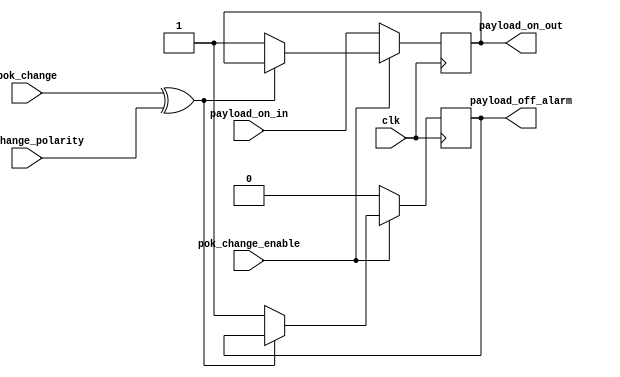
`timescale 1ns / 1ps

module pok_alarm_single
(
    // polarity of the pok_change signal, may depend on particular payload module
    // 0 = falling edge is bad news, 1 = rising edge is bad news
    input pok_change_polarity, 
    // pok change enable. 0 = do not react (during power up for example), 1 = react
    input pok_change_enable,
    // alarm signal for status register
    output reg payload_off_alarm,
    
    // payload on/off request from register, 0 = on
    input payload_on_in, 
    // payload on/off control for DC-DC brick, 0 = on
    output reg payload_on_out,
    // bad news signals from payload
    input pok_change,
    
    input clk
);

    always @(posedge clk)
    begin
        if (pok_change_enable == 1'b1) // react to bad news
        begin
            if ((pok_change ^ pok_change_polarity) == 1'b0) // bad news
            begin
                // payload off
                payload_on_out = 1'b1;
                // alarm to CPU
                payload_off_alarm = 1'b1;
            end
        end
        else // don't react
        begin
            payload_off_alarm = 1'b0; // no alarm
            payload_on_out = payload_on_in; // simply repeat
        end
    end

endmodule


// indexes: 0 = bottom payload, 1 = top payload, 2 = QSFP
module pok_alarm
(
    // polarity of the pok_change signal, may depend on particular payload module
    // 0 = falling edge is bad news, 1 = rising edge is bad news
    input [2:0] pok_change_polarity, 
    // pok change enable. 0 = do not react (during power up for example), 1 = react
    input [2:0] pok_change_enable,
    // alarm signal for status register
    output [2:0] payload_off_alarm,
    
    // payload on/off request from register
    input payload_on_in,
    // payload on/off control for DC-DC brick
    output payload_on_out,
    // bad news signals from payload
    input [2:0] pok_change,
    
    input clk
);

    genvar gi;
    wire [2:0] payload_on_out_int;
    assign payload_on_out = |payload_on_out_int; // shut down the brick if any of the modules is unhappy
    generate
        for (gi = 0; gi < 3; gi=gi+1)
        begin:pok_alarm_loop
            pok_alarm_single pas
            (
                .pok_change_polarity (pok_change_polarity [gi]), 
                .pok_change_enable   (pok_change_enable   [gi]),
                .payload_off_alarm   (payload_off_alarm   [gi]),
                .payload_on_in       (payload_on_in           ),
                .payload_on_out      (payload_on_out_int  [gi]),
                .pok_change          (pok_change          [gi]),
                .clk                 (clk                     )
            );
        end
    endgenerate

endmodule